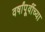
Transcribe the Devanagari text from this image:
वर्षांपू्र्वीच्या